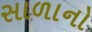
સાળાનો